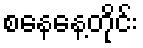
စနေနေ့တိုင်း